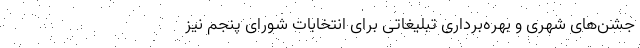
جشن‌های شهری و بهره‌برداری تبلیغاتی برای انتخابات شورای پنجم نیز